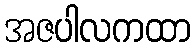
အဇပါလကထာ